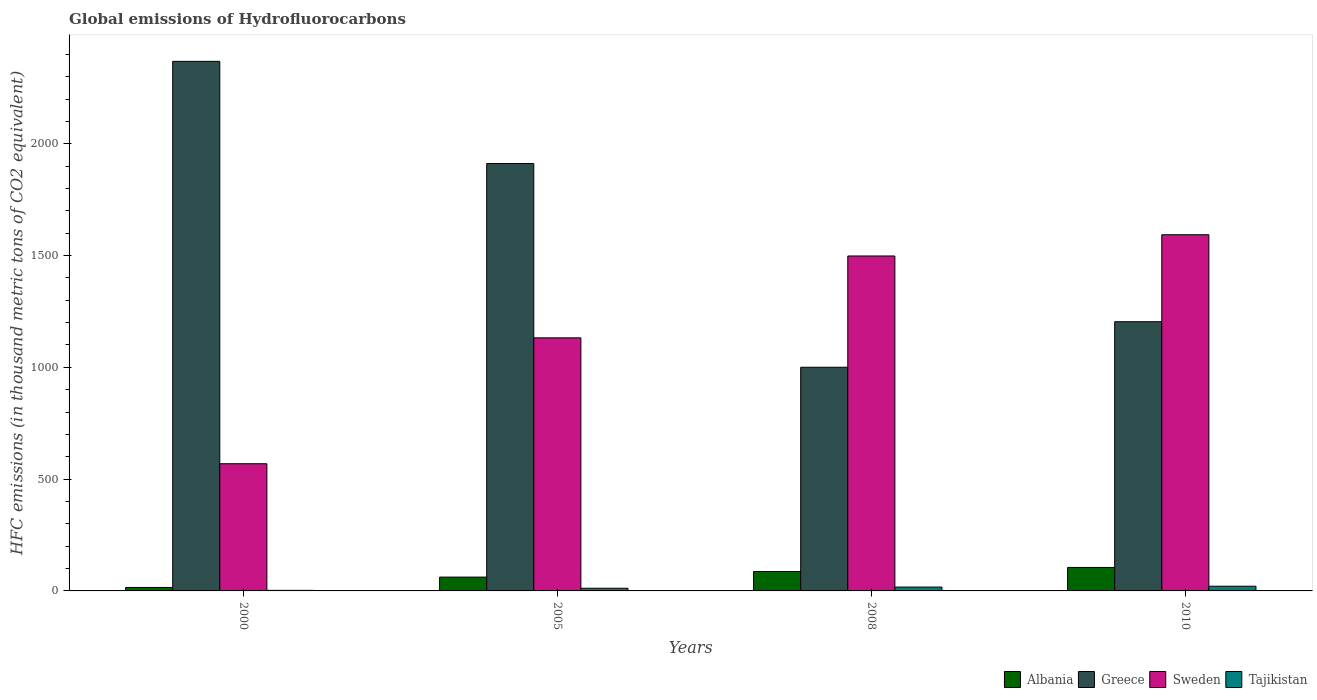
| Years | Albania | Greece | Sweden | Tajikistan |
 | --- | --- | --- | --- | --- |
 | 2000 | 15.5 | 2.37e+03 | 569 | 2.5 |
 | 2005 | 61.8 | 1.91e+03 | 1.13e+03 | 11.9 |
 | 2008 | 86.9 | 1e+03 | 1.5e+03 | 17.2 |
 | 2010 | 105 | 1.2e+03 | 1.59e+03 | 21 |